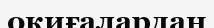
окиғалардан